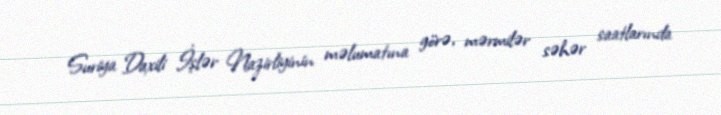
Suriya Daxili İşlər Nazirliyinin məlumatına görə, mərmilər səhər saatlarında